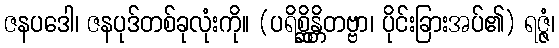
ဇနပဒေါ၊ ဇနပုဒ်တစ်ခုလုံးကို။ (ပရိစ္ဆိန္တိတဗ္ဗာ၊ ပိုင်းခြားအပ်၏) ရဇ္ဇံ၊